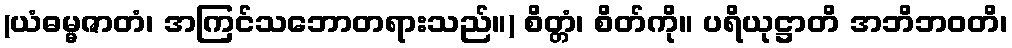
(ယံဓမ္မဇာတံ၊ အကြင်သဘောတရားသည်။) စိတ္တံ၊ စိတ်ကို။ ပရိယုဋ္ဌာတိ အဘိဘဝတိ၊